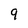
Character: 9